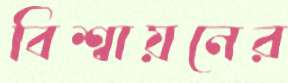
বিশ্বায়নের